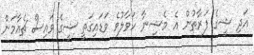
އަދި ޝީގެ ފަރާތުން އެ މެޝިނާ ހަވާލުވެ ވަޑައިގަތީ ޝީގެ ވައިސް ޗެއާމަން